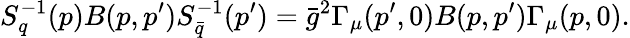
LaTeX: S_{q}^{-1}(p)B(p,p^{\prime})S_{\bar{q}}^{-1}(p^{\prime})=\bar{g}^{2}\Gamma_{\mu}(p^{\prime},0)B(p,p^{\prime})\Gamma_{\mu}(p,0).